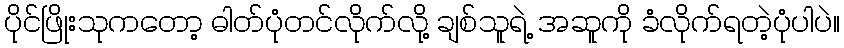
ပိုင်ဖြိုးသုကတော့ ဓါတ်ပုံတင်လိုက်လို့ ချစ်သူရဲ့ အဆူကို ခံလိုက်ရတဲ့ပုံပါပဲ။